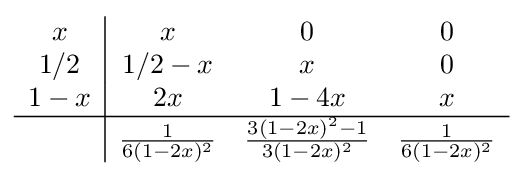
{\begin{array}{c|ccc}x&x&0&0\\1/2&1/2-x&x&0\\1-x&2x&1-4x&x\\\hline &{\frac {1}{6(1-2x)^{2}}}&{\frac {3(1-2x)^{2}-1}{3(1-2x)^{2}}}&{\frac {1}{6(1-2x)^{2}}}\\\end{array}}